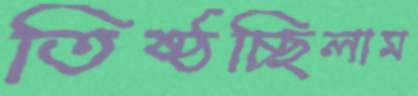
তিষ্ঠচ্ছিলাম